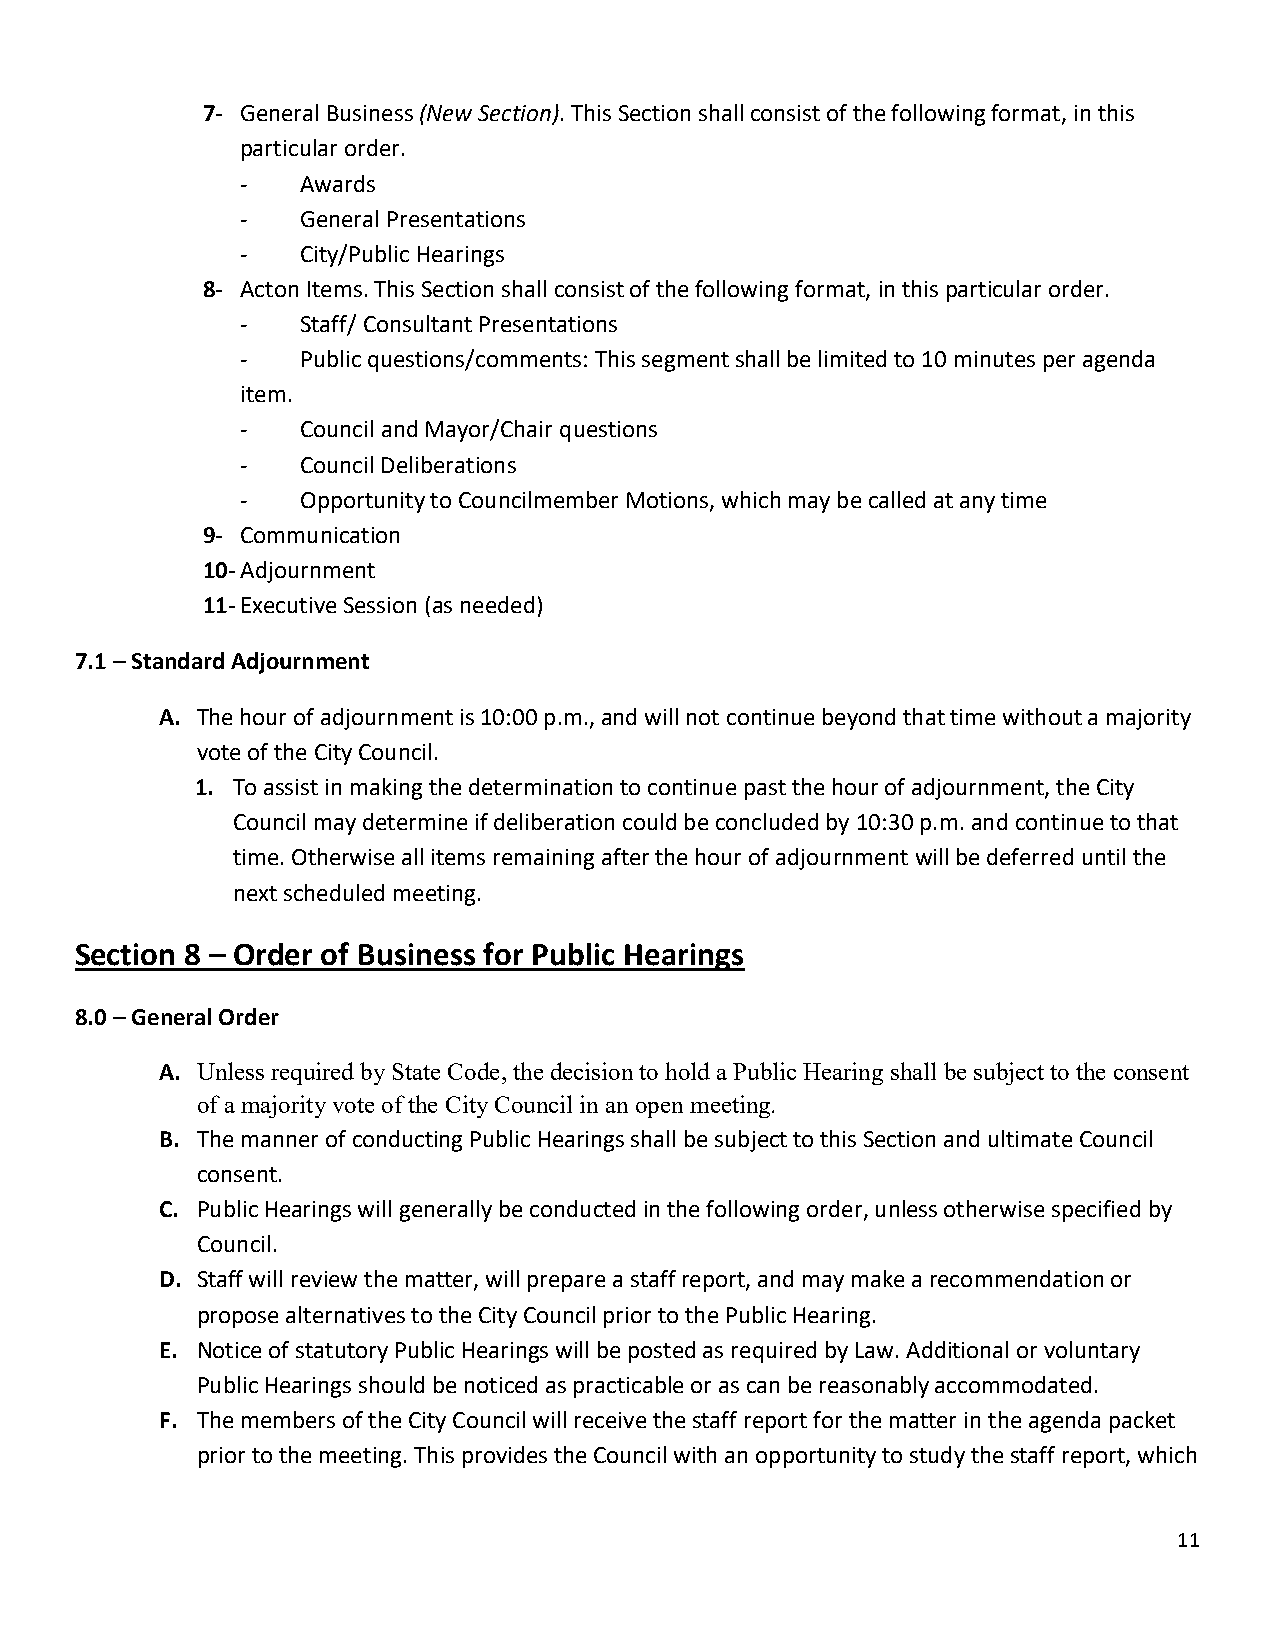
7- General Business (New Section). This Section shall consist of the following format, in this
 particular order.
 -   Awards
 -   General Presentations
 -   City/Public Hearings
 8- Acton Items. This Section shall consist of the following format, in this particular order.
 -   Staff/ Consultant Presentations
 -   Public questions/comments: This segment shall be limited to 10 minutes per agenda
 item.
 -   Council and Mayor/Chair questions
 -   Council Deliberations
 -   Opportunity to Councilmember Motions, which may be called at any time
 9- Communication
 10- Adjournment
 11- Executive Session (as needed)
 7.1 – Standard Adjournment
 A. The hour of adjournment is 10:00 p.m., and will not continue beyond that time without a majority
 vote of the City Council.
 1. To assist in making the determination to continue past the hour of adjournment, the City
 Council may determine if deliberation could be concluded by 10:30 p.m. and continue to that
 time. Otherwise all items remaining after the hour of adjournment will be deferred until the
 next scheduled meeting.
 Section 8 – Order of Business for Public Hearings
 8.0 – General Order
 A. Unless required by State Code, the decision to hold a Public Hearing shall be subject to the consent
 of a majority vote of the City Council in an open meeting.
 B. The manner of conducting Public Hearings shall be subject to this Section and ultimate Council
 consent.
 C. Public Hearings will generally be conducted in the following order, unless otherwise specified by
 Council.
 D. Staff will review the matter, will prepare a staff report, and may make a recommendation or
 propose alternatives to the City Council prior to the Public Hearing.
 E. Notice of statutory Public Hearings will be posted as required by Law. Additional or voluntary
 Public Hearings should be noticed as practicable or as can be reasonably accommodated.
 F. The members of the City Council will receive the staff report for the matter in the agenda packet
 prior to the meeting. This provides the Council with an opportunity to study the staff report, which
 11